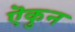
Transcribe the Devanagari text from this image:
ऎकुन